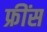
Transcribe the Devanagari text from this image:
फ्रींस